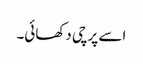
اسے پرچی دکھائی۔